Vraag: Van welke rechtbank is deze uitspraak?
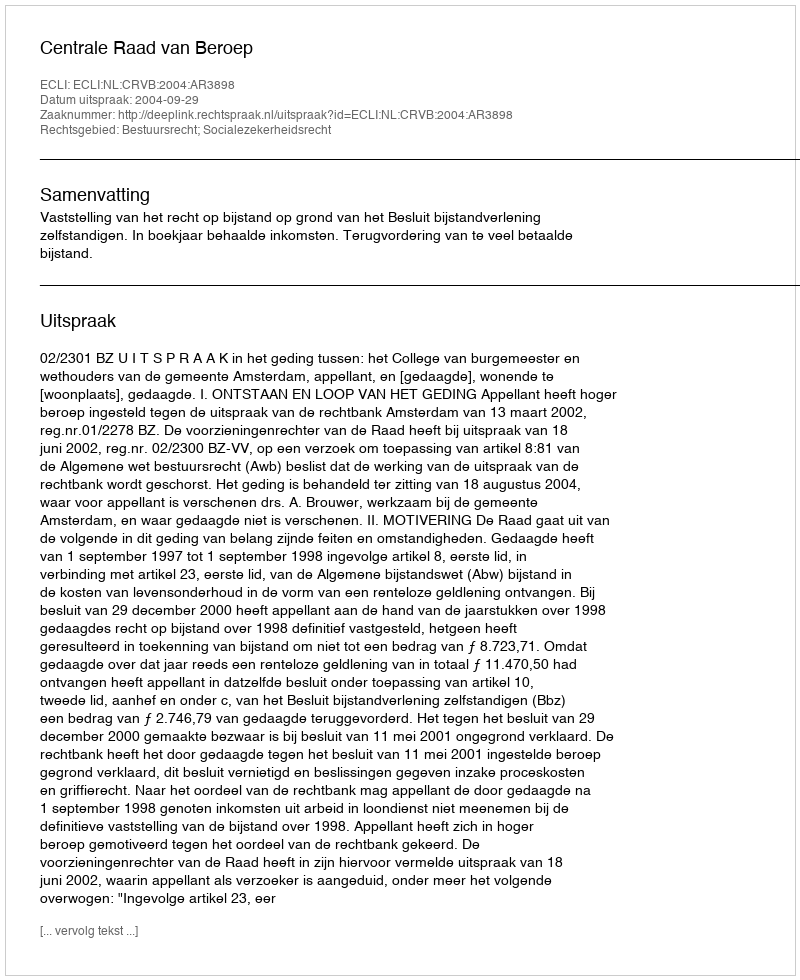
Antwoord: Centrale Raad van Beroep